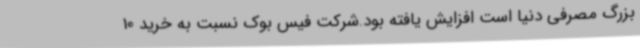
بزرگ مصرفی دنیا است افزایش یافته بود.شرکت فیس بوک نسبت به خرید 10